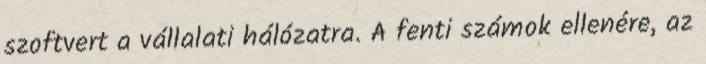
szoftvert a vállalati hálózatra. A fenti számok ellenére, az